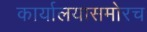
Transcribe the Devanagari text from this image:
कार्यालयासमोरच